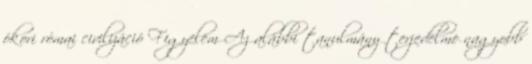
ókori római civilizáció Figyelem Az alábbi tanulmány terjedelme nagyobb